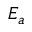
E _ { a }